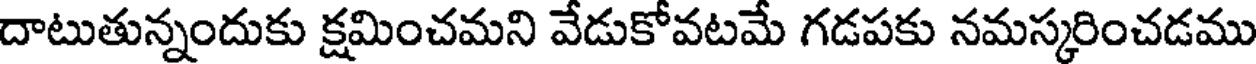
దాటుతున్నందుకు క్షమించమని వేడుకోవటమే గడపకు నమస్కరించడము